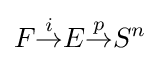
F{\overset {i}{\to }}E{\overset {p}{\to }}S^{n}